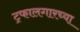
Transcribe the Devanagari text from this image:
ट्रफालगारच्या